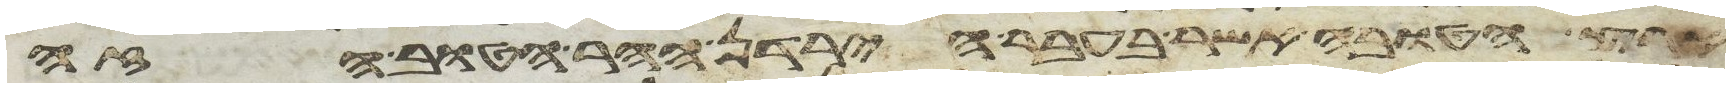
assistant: הארץ הטובה אשר בעבר הירדן ההר הטוב הזה